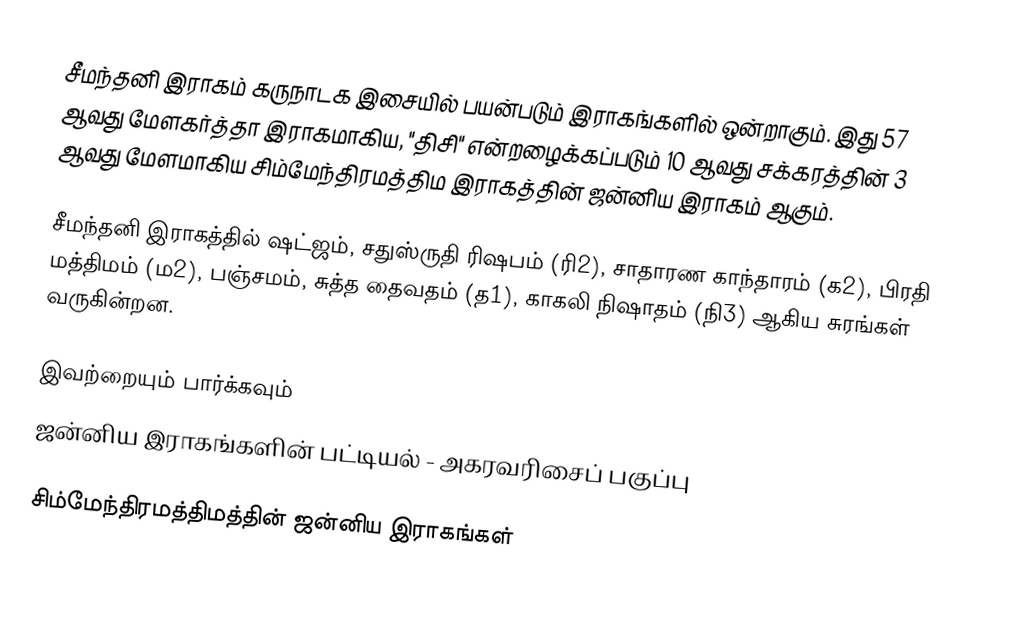
சீமந்தனி இராகம் கருநாடக இசையில் பயன்படும் இராகங்களில் ஒன்றாகும். இது 57 ஆவது மேளகர்த்தா இராகமாகிய, "திசி" என்றழைக்கப்படும் 10 ஆவது சக்கரத்தின் 3 ஆவது மேளமாகிய சிம்மேந்திரமத்திம இராகத்தின் ஜன்னிய இராகம் ஆகும்.

சீமந்தனி இராகத்தில் ஷட்ஜம், சதுஸ்ருதி ரிஷபம் (ரி2), சாதாரண காந்தாரம் (க2), பிரதி மத்திமம் (ம2), பஞ்சமம், சுத்த தைவதம் (த1), காகலி நிஷாதம் (நி3) ஆகிய சுரங்கள் வருகின்றன.

இவற்றையும் பார்க்கவும்
 ஜன்னிய இராகங்களின் பட்டியல் - அகரவரிசைப் பகுப்பு

சிம்மேந்திரமத்திமத்தின் ஜன்னிய இராகங்கள்